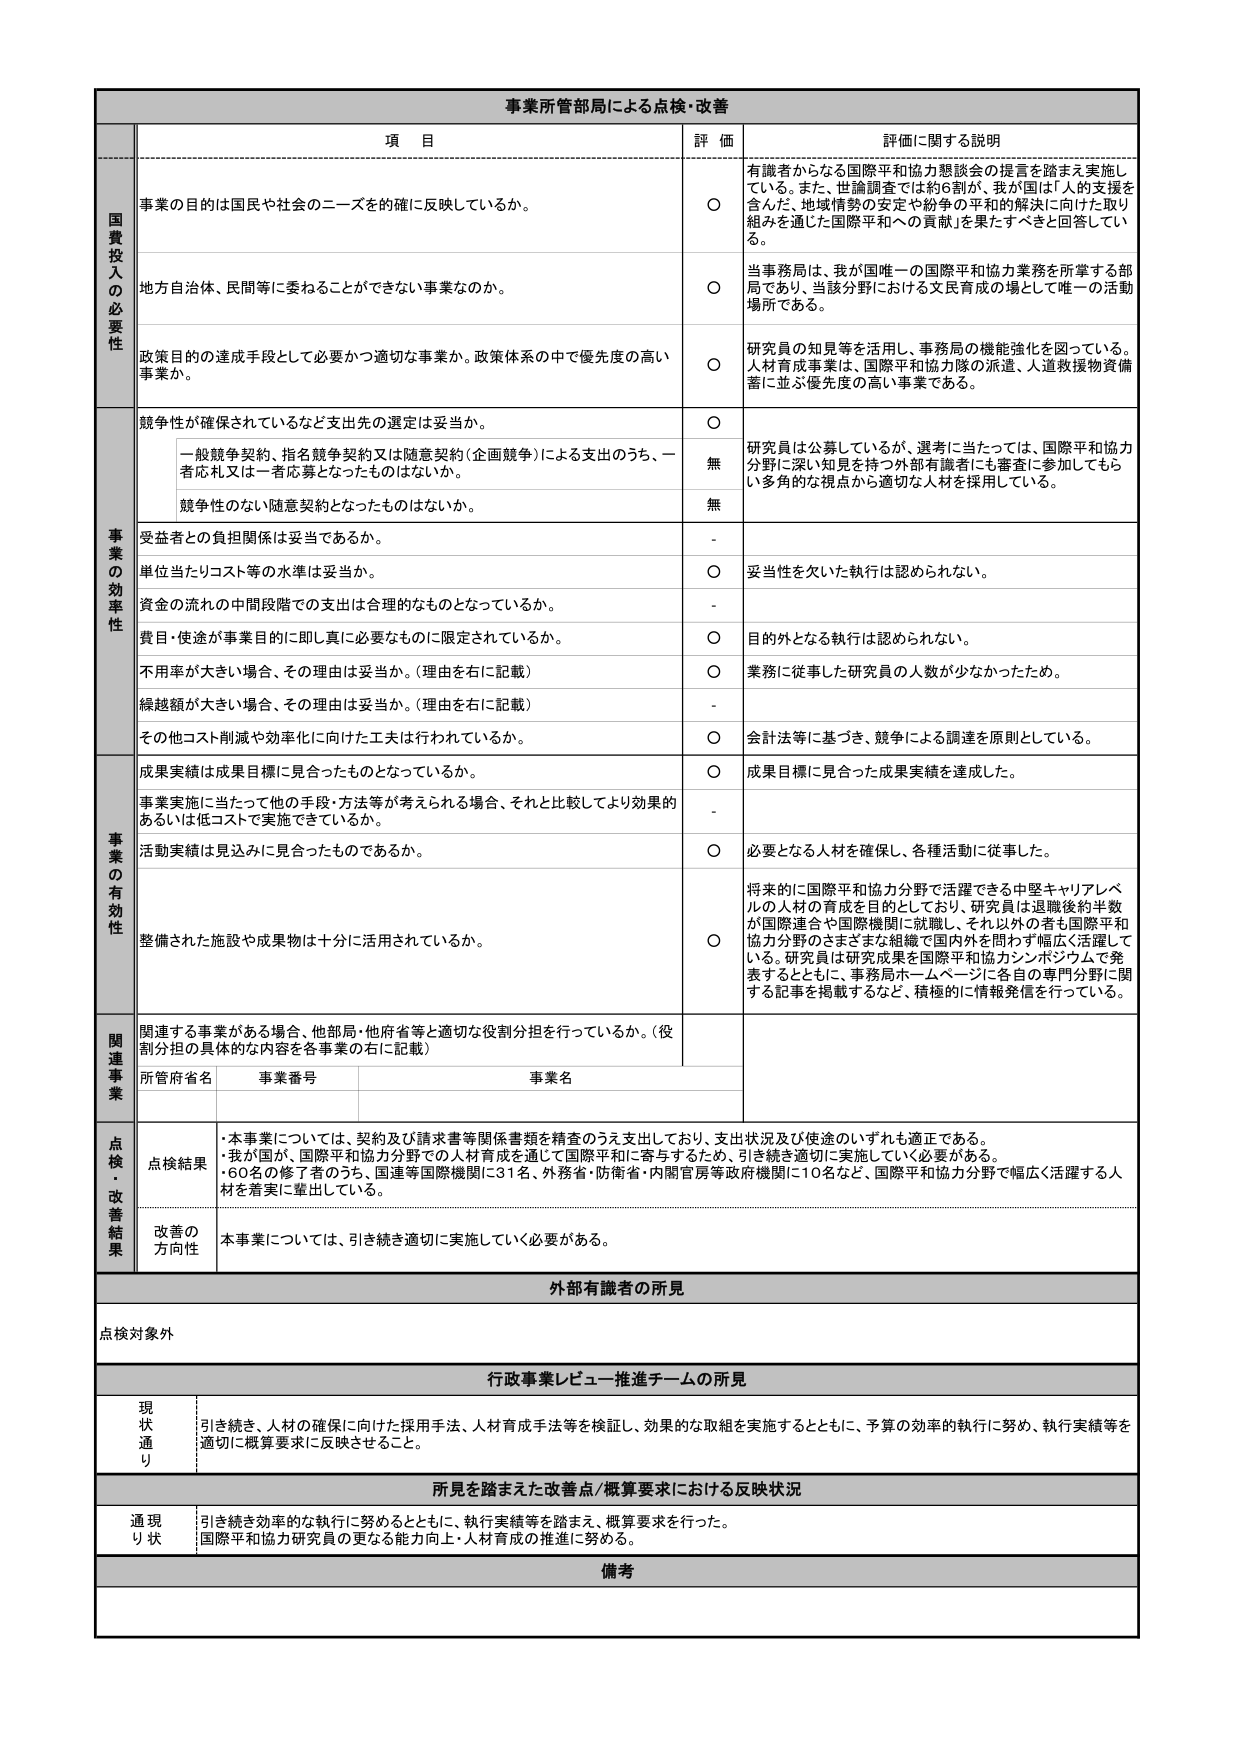
事業所管部局による点検・改善

項 目 評 価 評価に関する説明

国費投入の必要性
事業の目的は国民や社会のニーズを確に反映しているか。
○ 有識者からなる国際平和協力懇談会の提言を踏まえ実施している。また、世論調査では約6割が、我が国は「人の支援を含んだ、地域情勢の安定や紛争の平和的解決に向けた取り組みを通じた国際平和への貢献」を果たすべきと回答している。

地方自治体、民間等に委ねることができない事業なのか。
○ 当事務局は、我が国唯一の国際平和協力業務を所掌する部局であり、当該分野における文民育成の場として唯一の活動場所である。

政策目的の達成手段として必要かつ適切な事業か。政策体系の中で優先度の高い事業か。
○ 研究員の知見等を活用し、事務局の機能強化を図っている。人材育成事業は、国際平和協力隊の派遣、人道救援物資備蓄に並ぶ優先度の高い事業である。

事業の効率性
競争性が確保されているなど支出先の選定は妥当か。
○ 一般競争契約、指名競争契約又は随意契約（企画競争）による支出のうち、一者応札又は一者応募となったものはないか。
無 研究員は公募しているが、選考に当たっては、国際平和協力分野に深い知見を持つ外部有識者にも審査に参加してもらい多角的な視点から適切な人材を採用している。
競争性のない随意契約となったものはないか。
無

受益者との負担関係は妥当であるか。
-

単位当たりコスト等の水準は妥当か。
○ 妥当性を欠いた執行は認められない。

資金の流れの中間段階での支出は合理的なものとなっているか。
-

費目・使途が事業目的に即し真に必要なものに限定されているか。
○ 目的外となる執行は認められない。

不用率が大きい場合、その理由は妥当か。（理由を右に記載）
○ 業務に従事した研究員の人数が少なかったため。

繰越額が大きい場合、その理由は妥当か。（理由を右に記載）
-

その他コスト削減や効率化に向けた工夫は行われているか。
○ 会計法等に基づき、競争による調達を原則としている。

事業の有効性
成果実績は成果目標に見合ったものとなっているか。
○ 成果目標に見合った成果実績を達成した。

事業実施に当たって他の手段・方法等が考えられる場合、それと比較してより効果的あるいは低コストで実施できているか。
-

活動実績は見込みに見合ったものであるか。
○ 必要となる人材を確保し、各種活動に従事した。

整備された施設や成果物は十分に活用されているか。
○ 将来的に国際平和協力分野で活躍できる中堅キャリアレベルの人材の育成を目的としており、研究員は退職後約半数が国際連合や国際機関に就職し、それ以外の者も国際平和協力分野のさまざまな組織で国内外を問わず幅広く活躍している。研究員は研究成果を国際平和協力シンポジウムで発表するとともに、事務局ホームページに各自の専門分野に関する記事を掲載するなど、積極的に情報発信を行っている。

関連事業
関連する事業がある場合、他部局・他府省等と適切な役割分担を行っているか。（役割分担の具体的な内容を各事業の右に記載）
所管府省名 事業番号 事業名

点検・改善結果
点検結果
・本事業については、契約及び請求書等関係書類を精査のうえ支出しており、支出状況及び使途のいずれも適正である。
・我が国が、国際平和協力分野での人材育成を通じて国際平和に寄与するため、引き続き適切に実施していく必要がある。
・60名の修了者のうち、国連等国際機関に31名、外務省・防衛省・内閣官房等政府機関に10名など、国際平和協力分野で幅広く活躍する人材を着実に輩出している。

改善の方向性
本事業については、引き続き適切に実施していく必要がある。

外部有識者の所見
点検対象外

行政事業レビュー推進チームの所見
現状通り 引き続き、人材の確保に向けた採用手法、人材育成手法等を検証し、効果的な取組を実施するとともに、予算の効率的執行に努め、執行実績等を適切に概算要求に反映させること。

所見を踏まえた改善点/概算要求における反映状況
通り状 引き続き効率的な執行に努めるとともに、執行実績等を踏まえ、概算要求を行った。国際平和協力研究員の更なる能力向上・人材育成の推進に努める。

備考